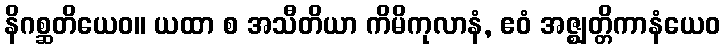
နိဂစ္ဆတိယေဝ။ ယထာ စ အသီတိယာ ကိမိကုလာနံ, ဧဝံ အဇ္ဈတ္တိကာနံယေဝ